Indian Medical Review
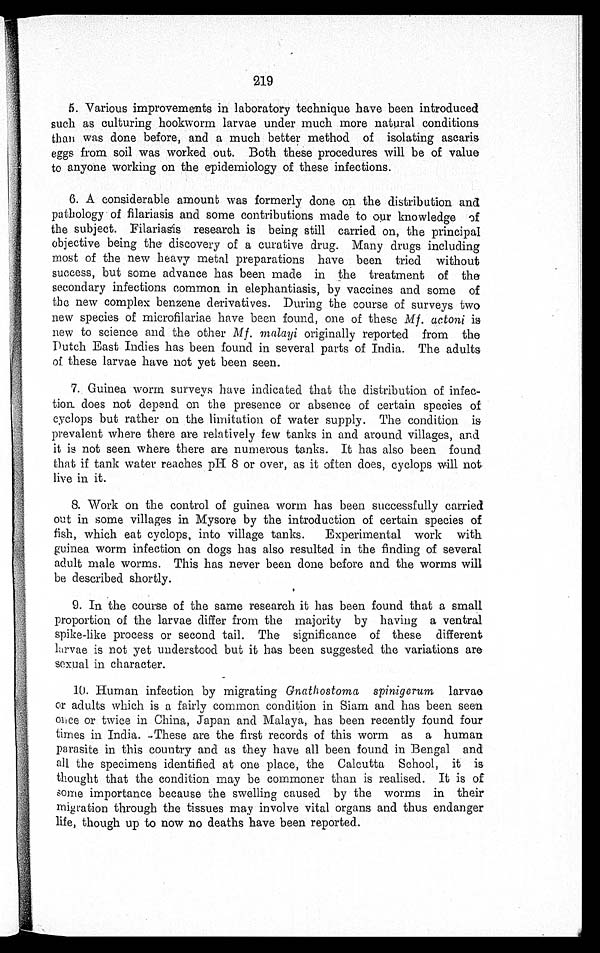
219
5. Various improvements in laboratory technique have been introduced
such as culturing hookworm larvae under much more natural conditions
than was done before, and a much better method of isolating ascaris
eggs from soil was worked out. Both these procedures will be of value
to anyone working on the epidemiology of these infections.
6. A considerable amount was formerly done on the distribution and
pathology of filariasis and some contributions made to our knowledge of
the subject. Filariasis research is being still carried on, the principal
objective being the discovery of a curative drug. Many drugs including
most of the new heavy metal preparations have been tried without
success, but some advance has been made in the treatment of the
secondary infections common in elephantiasis, by vaccines and some of
the new complex benzene derivatives. During the course of surveys two
new species of microfilariae have been found, one of these Mf. actoni is
new to science and the other Mf. malayi originally reported from the
Dutch East Indies has been found in several parts of India. The adults
of these larvae have not yet been seen.
7. Guinea worm surveys have indicated that the distribution of infec-
tion. does not depend on the presence or absence of certain species of
cyc1ops but rather on the limitation of water supply. The condition is
prevalent where there are relatively few tanks in and around villages, and
it is not seen where there are numerous tanks. It has also been found
that if tank water reaches pH 8 or over, as it often does, cyclops will not
live in it.
8. Work on the control of guinea worm has been successfully carried
out in some villages in Mysore by the introduction of certain species of
fish, which eat cyclops, into village tanks. Experimental work with
guinea worm infection on dogs has also resulted in the finding of several
adult male worms. This has never been done before and the worms will
be described shortly.
9. In the course of the same research it has been found that a small
proportion of the larvae differ from the majority by having a ventral
spike-like process or second tail. The significance of these different
larvae is not yet understood but it has been suggested the variations are
sexual in character.
10. Human infection by migrating Gnathostoma spinigerumlarvae
or adults which is a fairly common condition in Siam and has been seen
once or twice in China, Japan and Malaya, has been recently found four
times in India. These are the first records of this worm as a human
parasite in this country and as they have all been found in Bengal and
all the specimens identified at one place, the Calcutta School, it is
thought that the condition may be commoner than is realised. It is of
s o m e i m p o r t a n c e b e c a u s e t h e s w e l l i n g c a u s e d b y t h e w o r m s i n t h e i r
migration through the tissues may involve vital organs and thus endanger
life, though up to now no deaths have been reported.